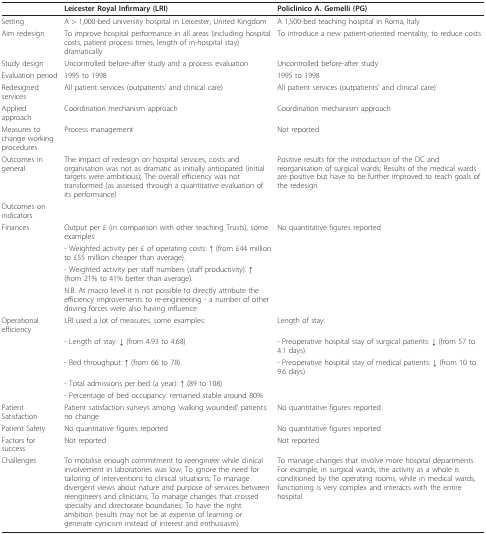
<table><thead><tr><td></td><td><b>Leicester Royal Infirmary (LRI)</b></td><td><b>Policlinico A. Gemelli (PG)</b></td></tr></thead><tbody><tr><td>Setting</td><td>A &gt; 1,000-bed university hospital in Leicester, United Kingdom</td><td>A 1,500-bed teaching hospital in Roma, Italy</td></tr><tr><td>Aim redesign</td><td>To improve hospital performance in all areas (including hospital costs, patient process times, length of in-hospital stay) dramatically</td><td>To introduce a new patient-oriented mentality; to reduce costs</td></tr><tr><td>Study design</td><td>Uncontrolled before-after study and a process evaluation</td><td>Uncontrolled before-after study</td></tr><tr><td>Evaluation period</td><td>1995 to 1998</td><td>1995 to 1998</td></tr><tr><td>Redesigned services</td><td>All patient services (outpatients&#x27; and clinical care)</td><td>All patient services (outpatients&#x27; and clinical care)</td></tr><tr><td>Applied approach</td><td>Coordination mechanism approach</td><td>Coordination mechanism approach</td></tr><tr><td>Measures to change working procedures</td><td>Process management</td><td>Not reported</td></tr><tr><td>Outcomes in general</td><td>The impact of redesign on hospital services, costs and organisation was not as dramatic as initially anticipated (initial targets were ambitious); The overall efficiency was not transformed (as assessed through a quantitative evaluation of its performance)</td><td>Positive results for the introduction of the DC and reorganisation of surgical wards; Results of the medical wards are positive but have to be further improved to reach goals of the redesign</td></tr><tr><td>Outcomes on indicators</td><td></td><td></td></tr><tr><td>Finances</td><td>Output per £ (in comparison with other teaching Trusts), some examples:</td><td>No quantitative figures reported</td></tr><tr><td></td><td>- Weighted activity per £ of operating costs: ↑ (from £44 million to £55 million cheaper than average).</td><td></td></tr><tr><td></td><td>- Weighted activity per staff numbers (staff productivity): ↑ (from 21% to 41% better than average).</td><td></td></tr><tr><td></td><td>N.B. At macro level it is not possible to directly attribute the efficiency improvements to re-engineering - a number of other driving forces were also having influence.</td><td></td></tr><tr><td>Operational efficiency</td><td>LRI used a lot of measures, some examples:</td><td>Length of stay:</td></tr><tr><td></td><td>- Length of stay: ↓ (from 4.93 to 4.68)</td><td>- Preoperative hospital stay of surgical patients: ↓ (from 57 to 4.1 days)</td></tr><tr><td></td><td>- Bed throughput: ↑ (from 66 to 78).</td><td>- Preoperative hospital stay of medical patients: ↓ (from 10 to 9.6 days).</td></tr><tr><td></td><td>- Total admissions per bed (a year): ↑ (89 to 108)</td><td></td></tr><tr><td></td><td>- Percentage of bed occupancy: remained stable around 80%</td><td></td></tr><tr><td>Patient Satisfaction</td><td>Patient satisfaction surveys among &#x27;walking wounded&#x27; patients: no change</td><td>No quantitative figures reported</td></tr><tr><td>Patient Safety</td><td>No quantitative figures reported</td><td>No quantitative figures reported</td></tr><tr><td>Factors for success</td><td>Not reported</td><td>Not reported</td></tr><tr><td>Challenges</td><td>To mobilise enough commitment to reengineer while clinical involvement in laboratories was low; To ignore the need for tailoring of interventions to clinical situations; To manage divergent views about nature and purpose of services between reengineers and clinicians; To manage changes that crossed specialty and directorate boundaries; To have the right ambition (results may not be at expense of learning or generate cynicism instead of interest and enthusiasm)</td><td>To manage changes that involve more hospital departments. For example, in surgical wards, the activity as a whole is conditioned by the operating rooms, while in medical wards, functioning is very complex and interacts with the entire hospital</td></tr></tbody></table>